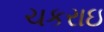
ચકરાઇ